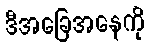
ဒီအခြေအနေကို